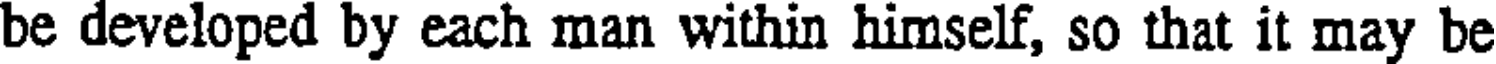
be developed by each man within himself, so that it may be